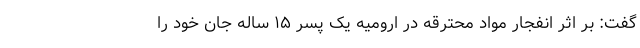
گفت: بر اثر انفجار مواد محترقه در ارومیه یک پسر ۱۵ ساله جان خود را